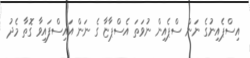
އިސްޕެއިނުގެ ނަން ސްޕެއިން ނުވަތަ އެސްޕާޏާ ގެ ނަން އައިސްފައިވާ ގޮތާ މެދު